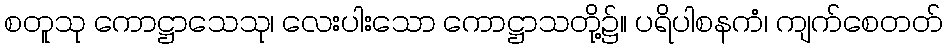
စတူသု ကောဋ္ဌာသေသု၊ လေးပါးသော ကောဋ္ဌာသတို့၌။ ပရိပါစနကံ၊ ကျက်စေတတ်